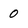
Character: 0